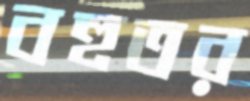
বহুতর